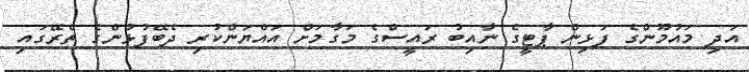
އަދި މައުމޫންގެ ފަޅިން ޕާޓީގެ ނާއިބު ރައީސްގެ މަގާމަށް އައްޔަންކުރި ދެބޭފުޅުންގެ ތެރޭގައި